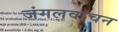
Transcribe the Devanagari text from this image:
जंगलवाचन